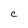
Character: C